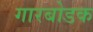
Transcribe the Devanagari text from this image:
गारबोडक